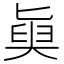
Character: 𡙊